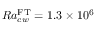
R a _ { c w } ^ { \mathrm { \tiny { F T } } } = 1 . 3 \times 1 0 ^ { 6 }